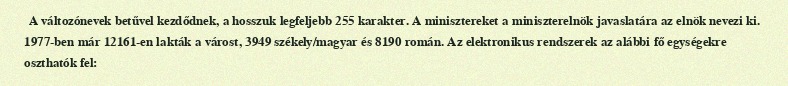
A változónevek betűvel kezdődnek, a hosszuk legfeljebb 255 karakter. A minisztereket a miniszterelnök javaslatára az elnök nevezi ki. 1977-ben már 12161-en lakták a várost, 3949 székely/magyar és 8190 román. Az elektronikus rendszerek az alábbi fő egységekre oszthatók fel: